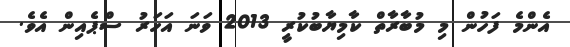
އެންމެ ފަހުން މި މުބާރާތް ކާމިޔާބުކުރީ 2013 ވަނަ އަހަރު ސްޕެއިން އެވެ.